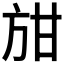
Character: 𭤭